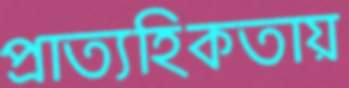
প্রাত্যহিকতায়